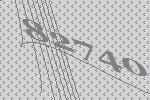
82740